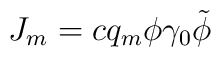
J_m = c q_m \phi \gamma_0 \tilde{\phi} \,